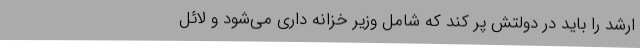
ارشد را باید در دولتش پر کند که شامل وزیر خزانه داری می‌شود و لائل